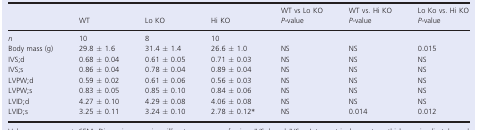
<table><thead><tr><td></td><td></td><td></td><td></td><td><b>WT vs Lo KO</b></td><td><b>WT vs. Hi KO</b></td><td><b>Lo Ko vs. Hi KO</b></td></tr><tr><td></td><td><b>WT</b></td><td><b>Lo KO</b></td><td><b>Hi KO</b></td><td><b><i>P</i>-value</b></td><td><b><i>P</i>-value</b></td><td><b><i>P</i>-value</b></td></tr></thead><tbody><tr><td><i>n</i></td><td>10</td><td>8</td><td>10</td><td></td><td></td><td></td></tr><tr><td>Body mass (g)</td><td>29.8 ± 1.6</td><td>31.4 ± 1.4</td><td>26.6 ± 1.0</td><td>NS</td><td>NS</td><td>0.015</td></tr><tr><td>IVS;d</td><td>0.68 ± 0.04</td><td>0.61 ± 0.05</td><td>0.71 ± 0.03</td><td>NS</td><td>NS</td><td>NS</td></tr><tr><td>IVS;s</td><td>0.86 ± 0.04</td><td>0.78 ± 0.04</td><td>0.89 ± 0.04</td><td>NS</td><td>NS</td><td>NS</td></tr><tr><td>LVPW;d</td><td>0.59 ± 0.02</td><td>0.61 ± 0.06</td><td>0.56 ± 0.03</td><td>NS</td><td>NS</td><td>NS</td></tr><tr><td>LVPW;s</td><td>0.83 ± 0.05</td><td>0.85 ± 0.10</td><td>0.84 ± 0.06</td><td>NS</td><td>NS</td><td>NS</td></tr><tr><td>LVID;d</td><td>4.27 ± 0.10</td><td>4.29 ± 0.08</td><td>4.06 ± 0.08</td><td>NS</td><td>NS</td><td>NS</td></tr><tr><td>LVID;s</td><td>3.25 ± 0.11</td><td>3.24 ± 0.10</td><td>2.78 ± 0.12*</td><td>NS</td><td>0.014</td><td>0.012</td></tr></tbody></table>